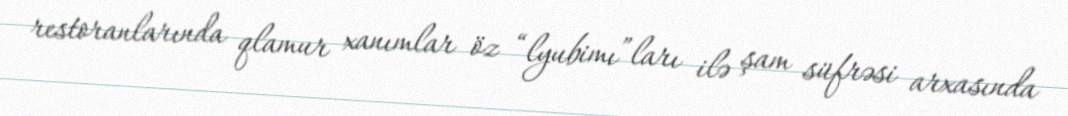
restoranlarında qlamur xanımlar öz “lyubimı”ları ilə şam süfrəsi arxasında